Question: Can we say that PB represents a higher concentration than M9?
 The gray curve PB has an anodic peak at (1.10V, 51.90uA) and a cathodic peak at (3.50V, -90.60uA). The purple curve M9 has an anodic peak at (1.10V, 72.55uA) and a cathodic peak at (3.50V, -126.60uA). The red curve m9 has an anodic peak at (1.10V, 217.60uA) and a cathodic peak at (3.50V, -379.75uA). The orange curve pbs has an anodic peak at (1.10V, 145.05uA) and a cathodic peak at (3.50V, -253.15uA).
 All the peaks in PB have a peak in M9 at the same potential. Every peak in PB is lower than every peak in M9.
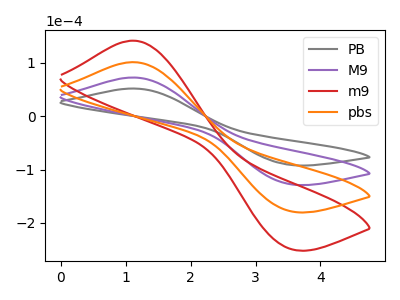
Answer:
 <answer>"PB" has less signal than "M9" and so likely has a lower concentration.</answer>
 <eval>less_concentration</eval>